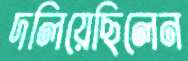
দলিয়েছিলেন